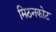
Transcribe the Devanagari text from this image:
मिठनकोट